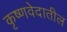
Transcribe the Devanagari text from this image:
कृष्णवेदातील